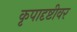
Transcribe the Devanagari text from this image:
कृपादृष्टीवर